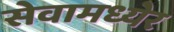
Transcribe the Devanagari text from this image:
सेवामध्येर